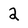
Character: 2